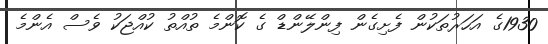
1930ގެ އަހަރުތަކުން ފެށިގެން ފިންލޭންޑް ގެ ކޮންމެ ތުއްތު ކުއްޖަކު ވެސް އެންމެ